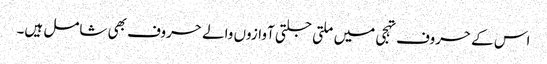
اس کے حروف تہجی میں ملتی جلتی آوازوں والے حروف بھی شامل ہیں۔